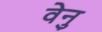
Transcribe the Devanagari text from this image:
वेनु